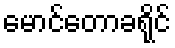
မောင်တောခရိုင်